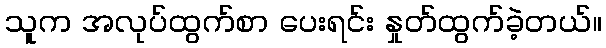
သူက အလုပ်ထွက်စာ ပေးရင်း နှုတ်ထွက်ခဲ့တယ်။